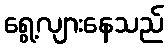
ရွေ့လျားနေသည်